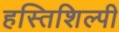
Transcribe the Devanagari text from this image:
हस्तिशिल्पी